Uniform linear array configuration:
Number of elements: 24
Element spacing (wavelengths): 0.25
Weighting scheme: uniform
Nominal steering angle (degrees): -60
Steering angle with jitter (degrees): -58.052
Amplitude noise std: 0.05
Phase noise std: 0.05

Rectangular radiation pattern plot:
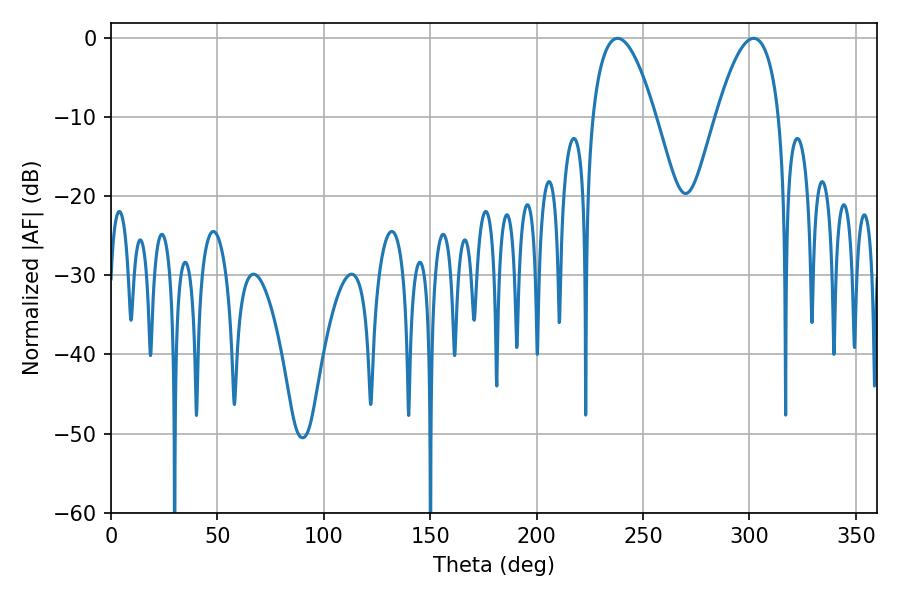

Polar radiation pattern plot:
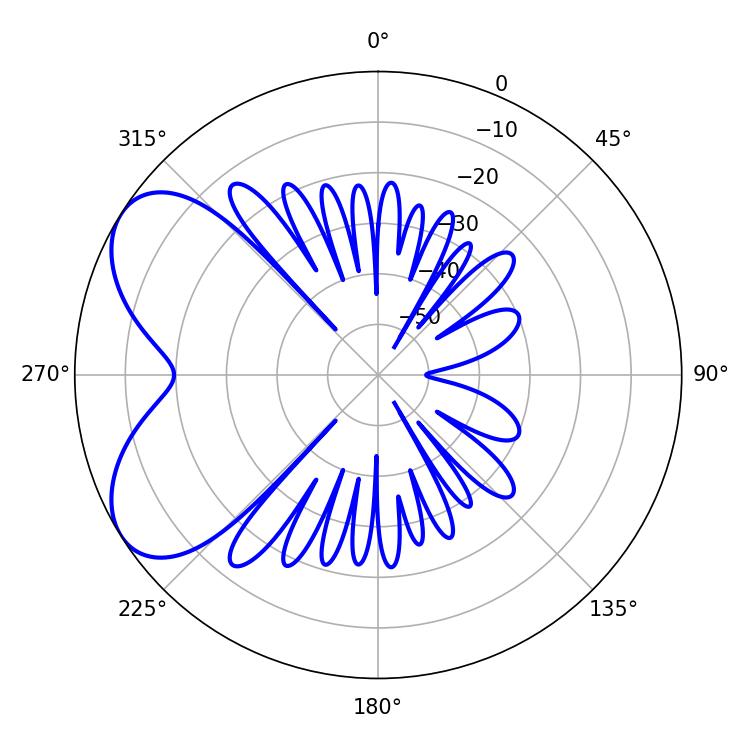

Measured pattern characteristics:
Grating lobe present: FALSE
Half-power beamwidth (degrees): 16.38
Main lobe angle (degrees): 237.96